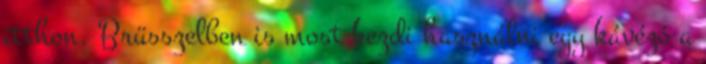
itthon. Brüsszelben is most kezdi használni egy kávézó a